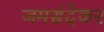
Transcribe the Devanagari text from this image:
जमसंदेकर